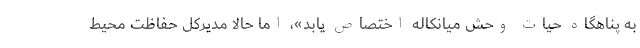
به پناهگاه حیات وحش میانکاله اختصاص یابد»، اما حالا مدیرکل حفاظت محیط